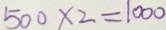
5 0 0 \times 2 = 1 0 0 0